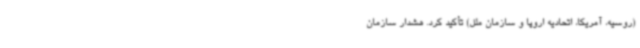
(روسیه، آمریکا، اتحادیه اروپا و سازمان ملل) تأکید کرد. هشدار سازمان